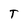
Character: T